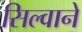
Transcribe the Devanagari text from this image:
सिल्वाने